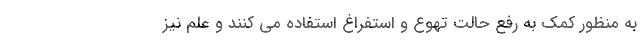
به منظور کمک به رفع حالت تهوع و استفراغ استفاده می کنند و علم نیز